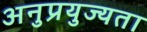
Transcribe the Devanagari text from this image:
अनुप्रयुज्यता